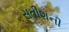
સતીશની